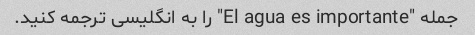
جمله "El agua es importante" را به انگلیسی ترجمه کنید.